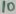
Text: 10